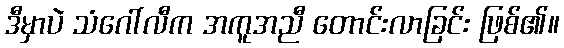
ဒီမှာပဲ သံဂေါ်လီက အကူအညီ တောင်းလာခြင်း ဖြစ်၏။